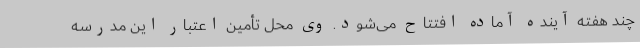
چند هفته آینده آماده افتتاح می‌شود. وی محل تأمین اعتبار این مدرسه